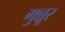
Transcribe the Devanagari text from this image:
गुन्नूर